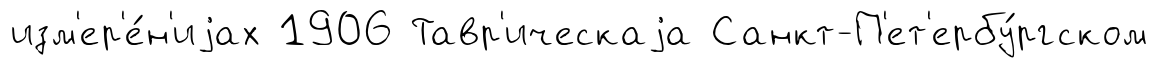
изм'ер'е́н'иjах 1906 Тавр'ическаjа Санкт-П'ет'ербу́ргском